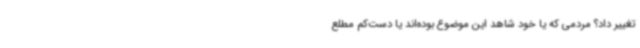
تغییر داد؟ مردمی که یا خود شاهد این موضوع بوده‌اند یا دست‌کم مطلع